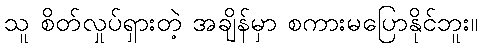
သူ စိတ်လှုပ်ရှားတဲ့ အချိန်မှာ စကားမပြောနိုင်ဘူး။